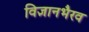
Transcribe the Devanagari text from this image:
विज्ञानभैरव